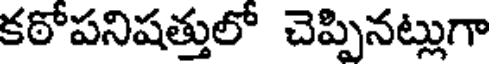
కఠోపనిషత్తులో చెప్పినట్లుగా